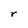
Character: r